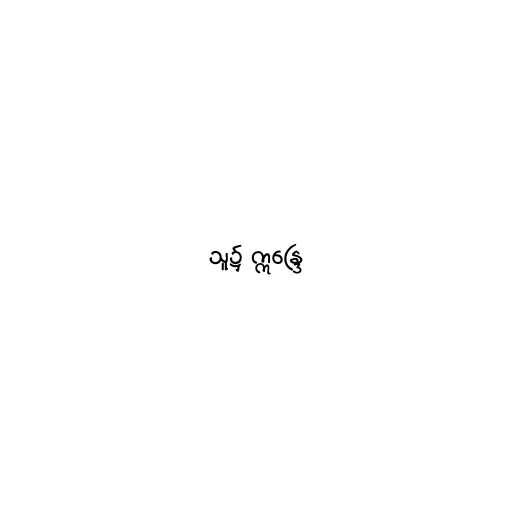
သူ၌ ဣန္ဒြေ